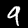
Digit: 9